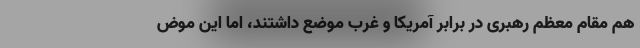
هم مقام معظم رهبری در برابر آمریکا و غرب موضع داشتند، اما این موض